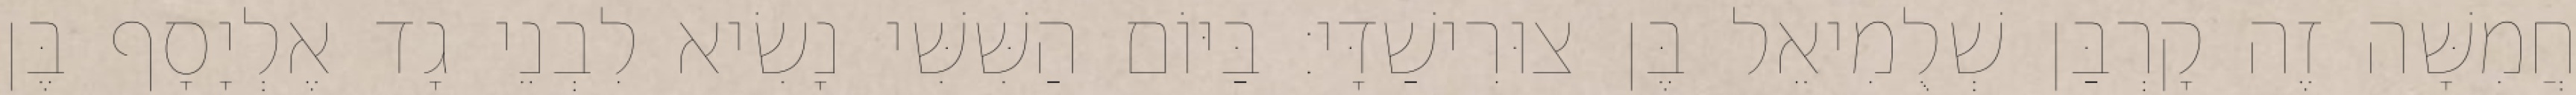
חֲמִשָּׁה זֶה קָרְבַּן שְׁלֻמִיאֵל בֶּן צוּרִישַׁדָּי׃ בַּיּוֹם הַשִּׁשִּׁי נָשִׂיא לִבְנֵי גָד אֶלְיָסָף בֶּן